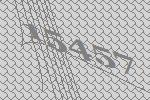
15457